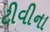
ટીવીના